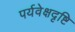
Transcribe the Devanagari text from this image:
पर्यवेक्षदृष्टि